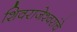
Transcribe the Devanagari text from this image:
शिवराजेश्वरांचे